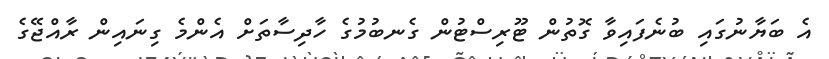
އެ ބަޔާނުގައި ބުނެފައިވާ ގޮތުން ޓޫރިސްޓުން ގެނބުމުގެ ހާދިސާތަށް އެންމެ ގިނައިން ރާއްޖޭގެ